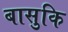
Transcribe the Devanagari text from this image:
बासुकि